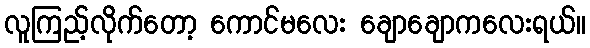
လူကြည့်လိုက်တော့ ကောင်မလေး ချောချောကလေးရယ်။